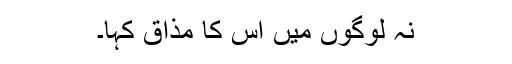
نہ لوگوں میں اس کا مذاق کہا۔